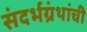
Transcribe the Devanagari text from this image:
संदर्भग्रंथांची